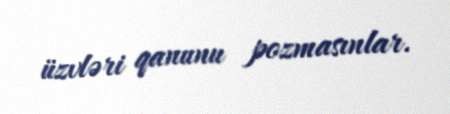
üzvləri qanunu pozmasınlar.